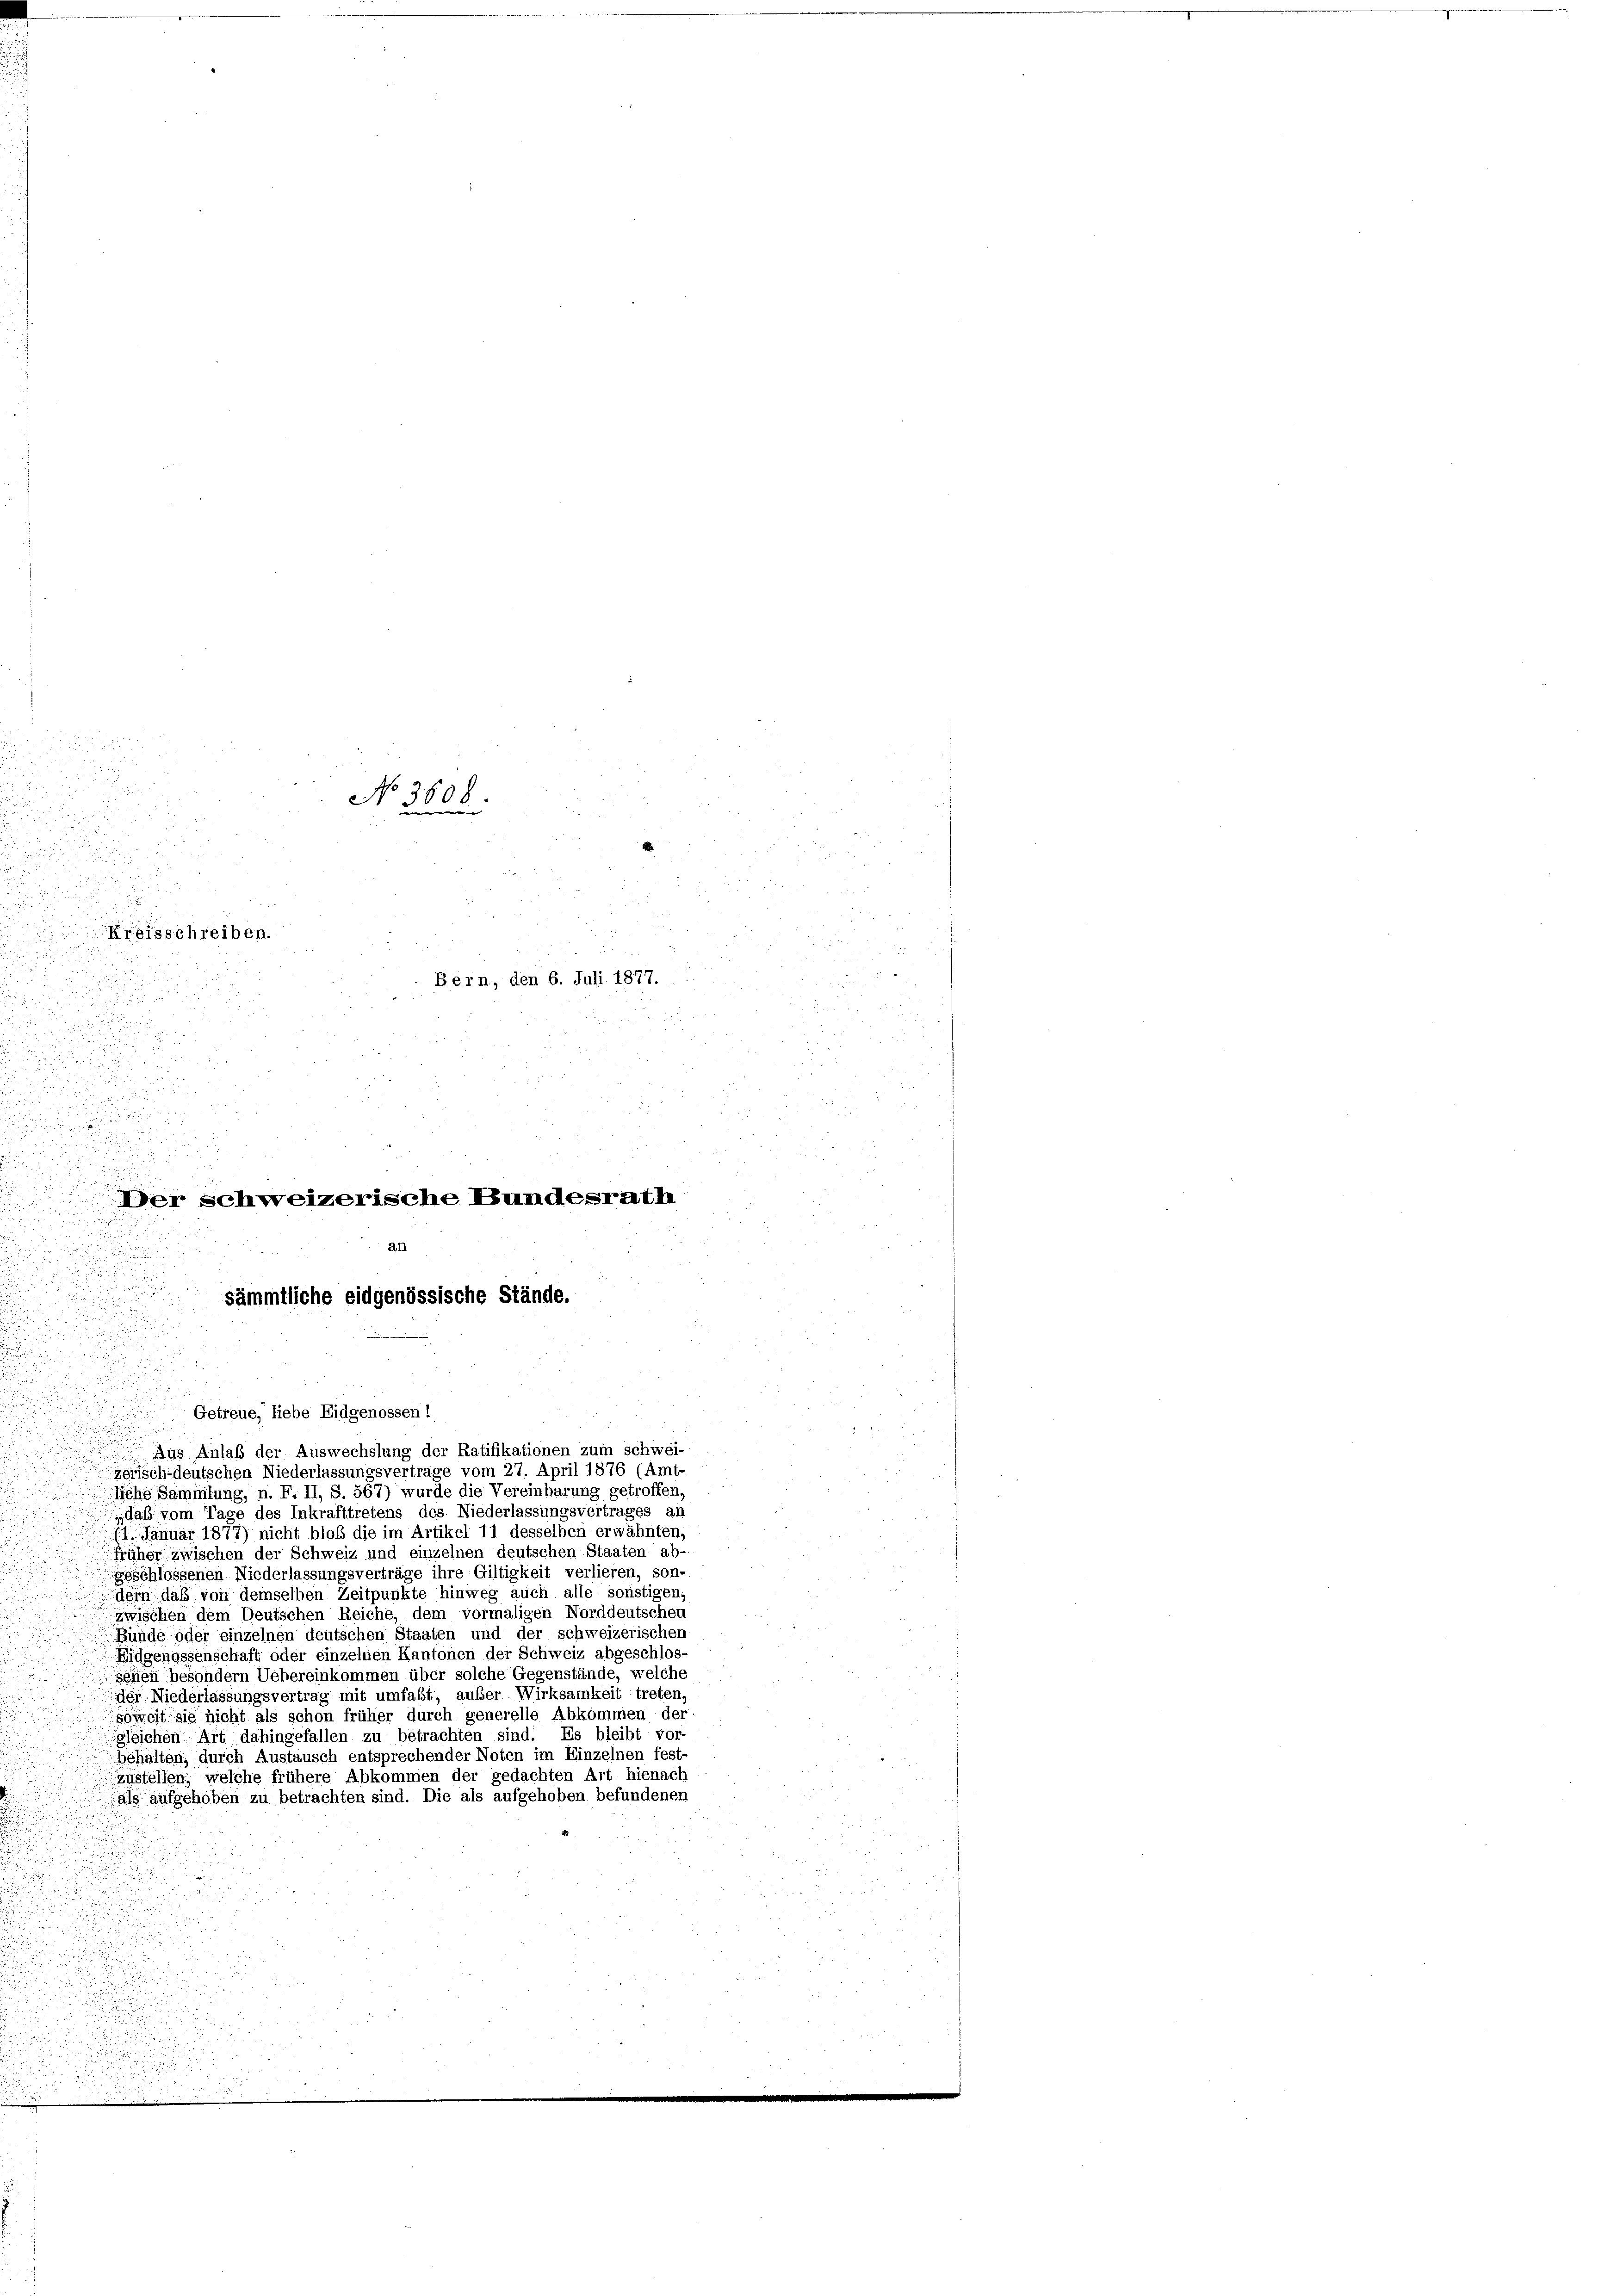
Getreue, liebe Eidgenossen!
Aus Anlaß der Auswechslung der Ratifikationen zum Schwei-
zerisch-deutschen Niederlassungsvertrage vom 27. April 1876 (Amt-
liche Sammlung, n. F. II, S. 567) wurde die Vereinbarung getroffen,
„daß vom Tage des Inkrafttretens des Niederlassungsvertrages an
(1. Januar 1877) nicht bloß die im Artikel 11 desselben erwähnten,
früher zwischen der Schweiz und einzelnen deutschen Staaten ab-
geschlossenen Niederlassungsverträge ihre Giltigkeit verlieren, son-
dern daß von demselben Zeitpunkte hinweg auch alle sonstigen,
zwischen dem Deutschen Reiche, dem vormaligen Norddeutschei
Bunde oder einzelnen deutschen Staaten und der schweizerischen
Eidgenossenschaft oder einzelnen Kantonen der Schweiz abgeschlos-
seien besondern Uebereinkommen über solche Gegenstände, welche
der Niederlassungsvertrag mit umfaßt, außer Wirksamkeit treten,
soweit sie nicht als schon früher durch generelle Abkommen der
gleichen Art dahingefallen zu betrachten sind. Es bleibt vor-
behalten; durch Austausch entsprechender Noten im Einzelnen fest-
Zustellen, welche frühere Abkommen der gedachten Art hienach
als aufgehoben zu betrachten sind. Die als aufgehoben befundenen

20 x
d
2

2

No 3608.

u
d
.
u
a
i
d

u
un
Kreisschreiben.

Bern, den 6. Juli 1877.

u

n

n

2

.
d
u

Der Schweizerische Bundesrath
an

sämmtliche eidgenössische Stände.